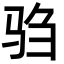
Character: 驺